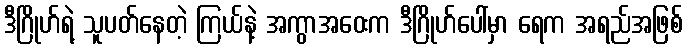
ဒီဂြိုဟ်ရဲ့ သူပတ်နေတဲ့ ကြယ်နဲ့ အကွာအဝေးက ဒီဂြိုဟ်ပေါ်မှာ ရေက အရည်အဖြစ်